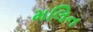
મલિન